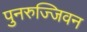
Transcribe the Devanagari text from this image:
पुनरुज्जिवन